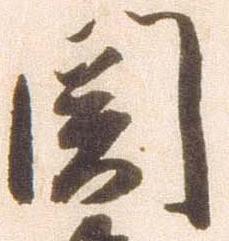
関